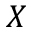
X